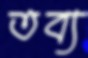
তব্য